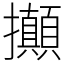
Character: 攧